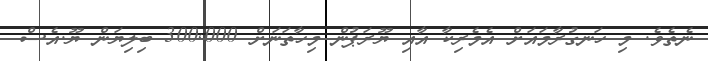
ނެތެވެ. މި ހަނގުރާމައަށް އެމެރިކާ އާއި ޔޫރަޕުން މިހާތަނަށް 300